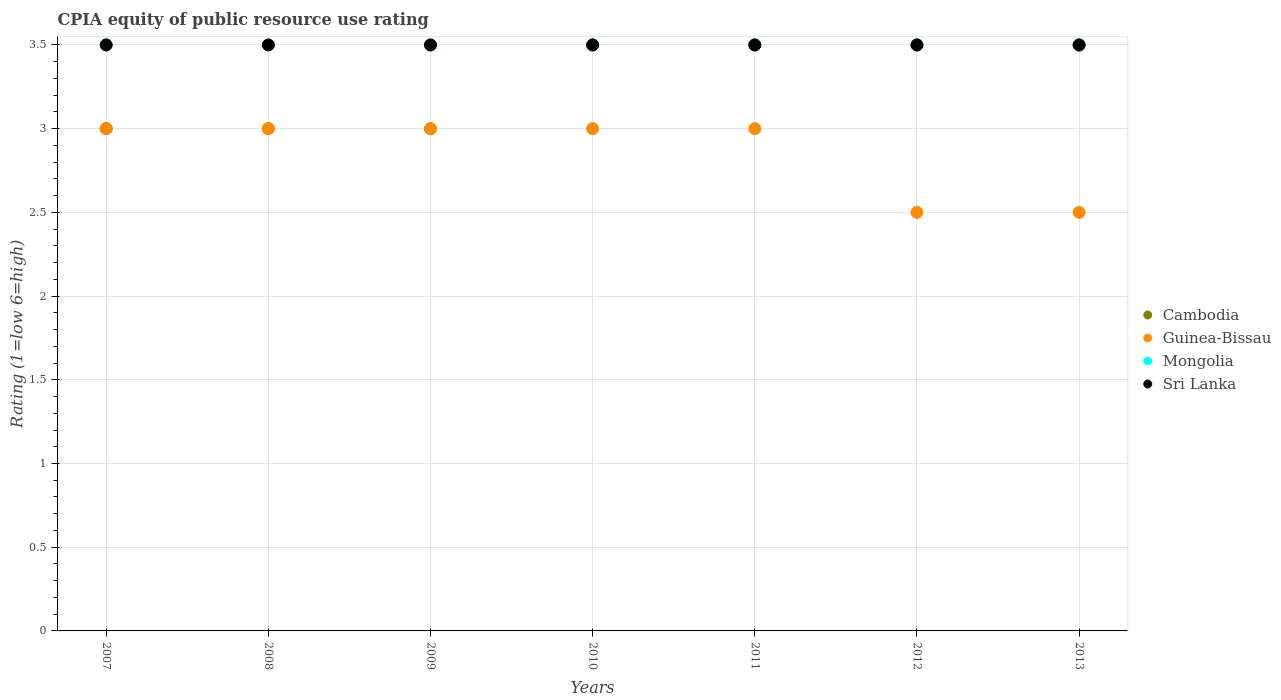
| Years | Cambodia | Guinea-Bissau | Mongolia | Sri Lanka |
 | --- | --- | --- | --- | --- |
 | 2007 | 3 | 3 | 3.5 | 3.5 |
 | 2008 | 3 | 3 | 3.5 | 3.5 |
 | 2009 | 3 | 3 | 3.5 | 3.5 |
 | 2010 | 3.5 | 3 | 3.5 | 3.5 |
 | 2011 | 3.5 | 3 | 3.5 | 3.5 |
 | 2012 | 3.5 | 2.5 | 3.5 | 3.5 |
 | 2013 | 3.5 | 2.5 | 3.5 | 3.5 |